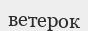
ветерок